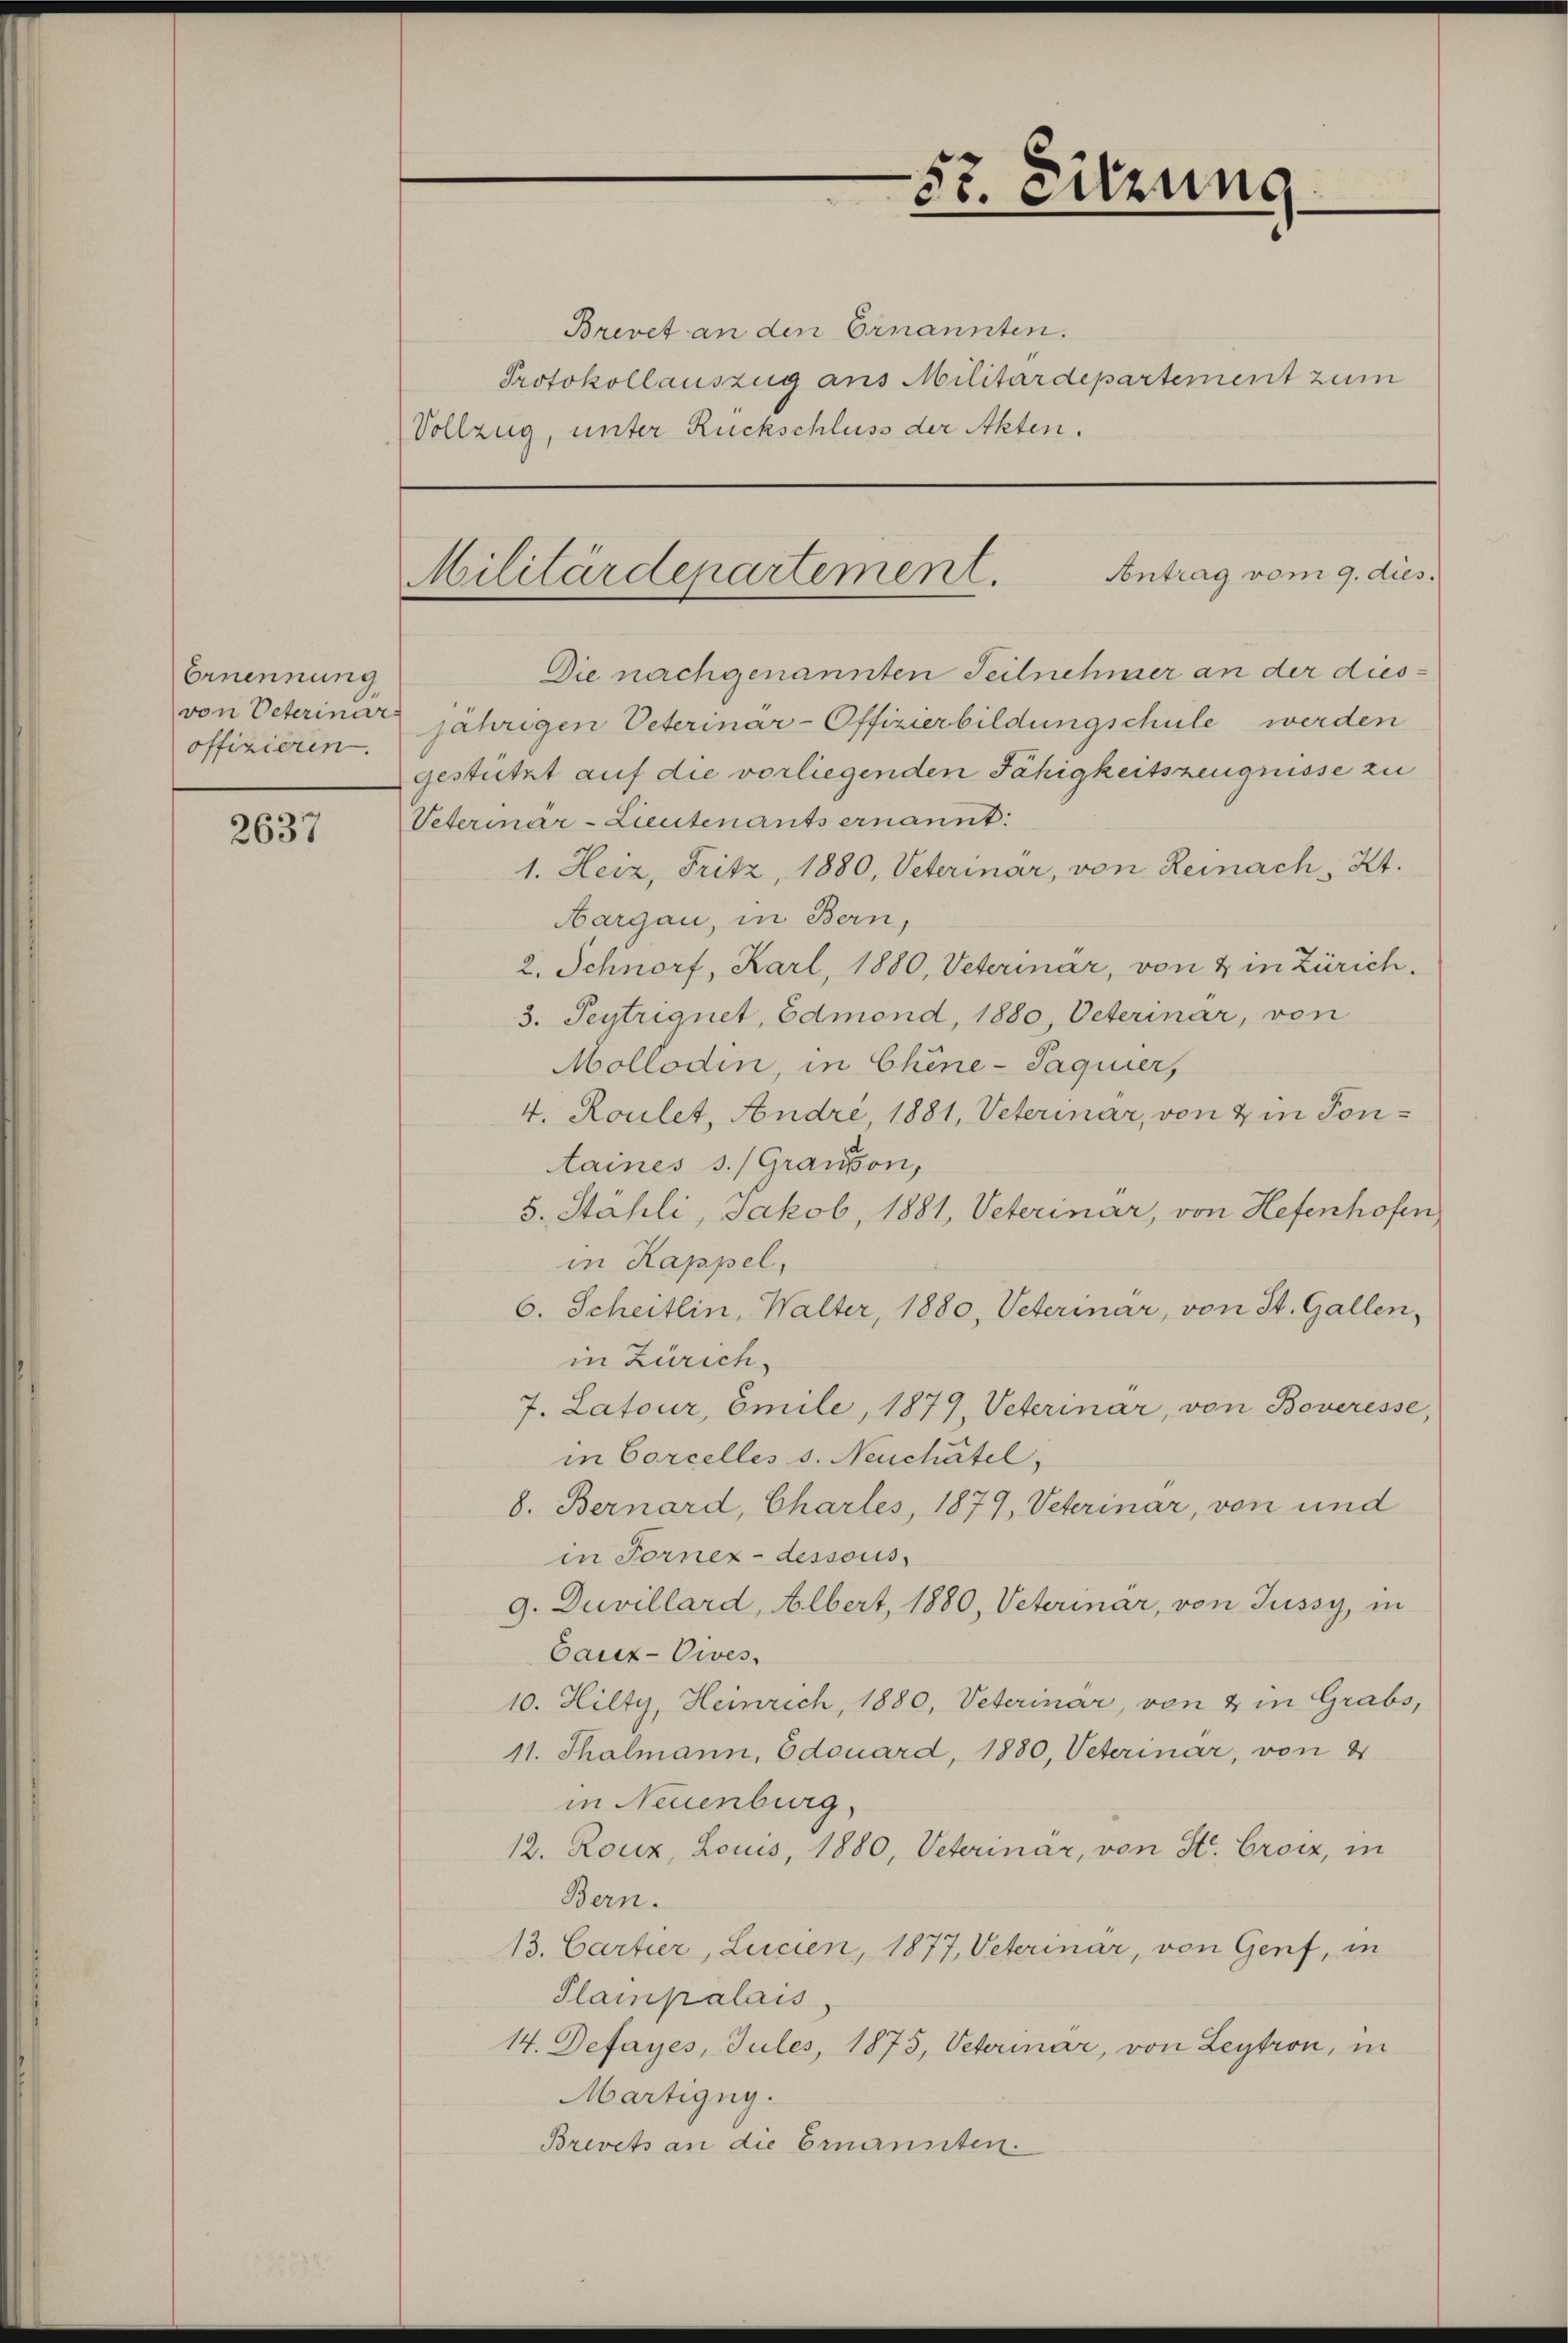
Ernennung
von Veterinar
offizieren.

2637

Brevet an den Ernannten.
Protokollauszug aus Militärdepartement zum
Vollzug, unter Rückschluss der Akten.

57. Sitzung

Antrag vom 9. dies
Militärdepartement.

Die nachgenannten Teilnehmer an der diesjährigen Veterinar-Offizierbildungschule werden
gestützt auf die vorliegenden Fähigkeitszeugnisse zu
Veterinar-Lieutenants ernannt:
1. Heiz, Fritz, 1880, Veterinar, von Reinach Kt.
Aargau, in Bern,
2. Schnorf, Karl, 1880, Veterinar, von & in Zürich,
3. Teytrignet, Edmond, 1880, Veterinar, von
Mollodin, in Chine-Saquier,
4. Roulet, Andre, 1881, Veterinar, von & in Tontaines s. (Grausson,
5. Stähli, Jakob, 1881, Veterinar, von Hefenhofen
in Kappel,
6. Scheitlin, Walter, 1880, Veterinar, von St. Gallen,
in Zürich.
7. Latour, Emile, 1879, Veterinar, von Boveresse,
in Corcelles s. Neuchâtel,
8. Bernard, Chartes, 1879, Veterinar, von und
in Fornez-dessous
9. Duvillard, Albert, 1880, Veterinär, von Jussy, in
Cauz-Owes.
10. Hilty, Heinrich, 1880, Veterinär, von & in Grabs,
11. Thalmann, Edouard, 1880, Veterinar, von 4
in Neuenburg,
12. Rouz, Louis, 1880, Veterinar, von St. Grotz, in
Bern.
13. Cartier, Lucien, 1877, Veterinär, von Genf, in
Plampalais
14. Defayes, Jules, 1875, Veterinär, von Leytron, in
Martigug.
Brevets an die Ernannten.